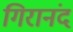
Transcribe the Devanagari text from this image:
गिरानंद